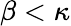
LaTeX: \beta<\kappa